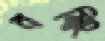
বম্বিং